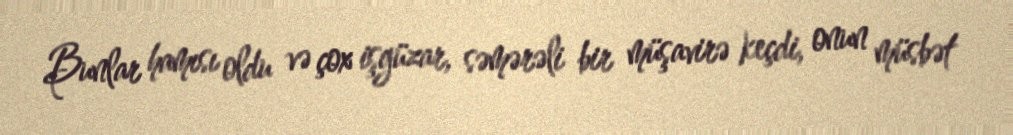
Bunlar hamısı oldu və çox işgüzar, səmərəli bir müşavirə keçdi, onun müsbət